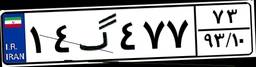
۵۱گ۹۴۶۷۲